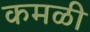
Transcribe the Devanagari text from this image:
कमळी